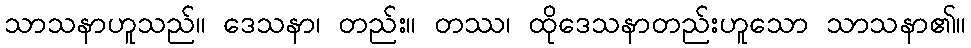
သာသနာဟူသည်။ ဒေသနာ၊ တည်း။ တဿ၊ ထိုဒေသနာတည်းဟူသော သာသနာ၏။